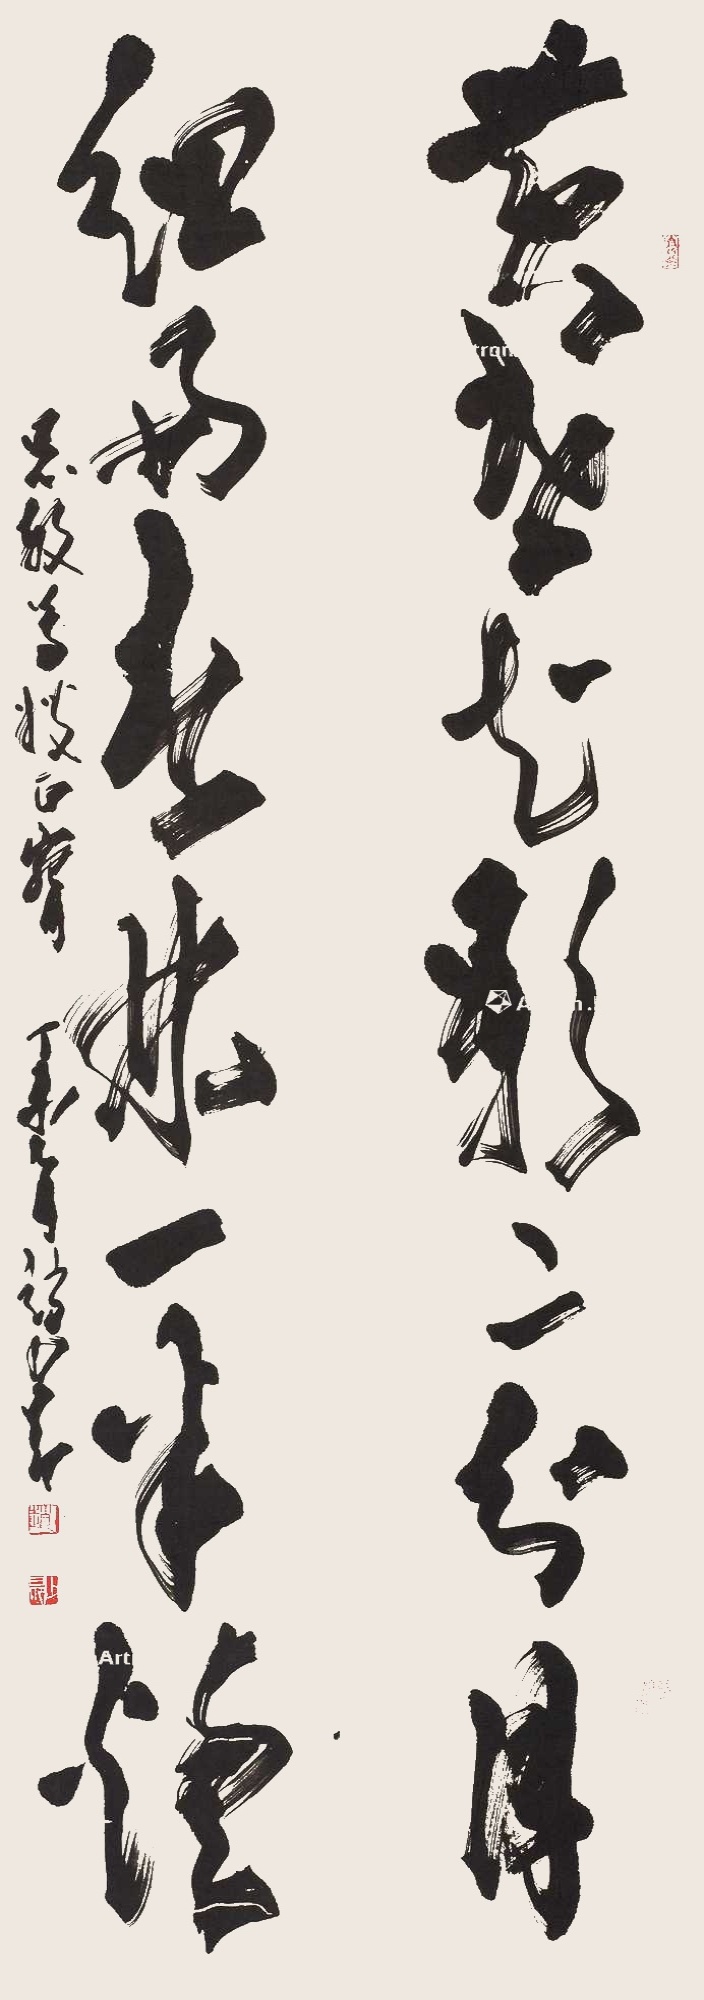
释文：黄昏花影二分月，细雨春林一半烟。思敏尊嫂正腕，丁未七月赵少昂。